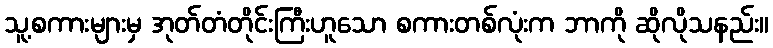
သူ့စကားများမှ အုတ်တံတိုင်းကြီးဟူသော စကားတစ်လုံးက ဘာကို ဆိုလိုသနည်း။